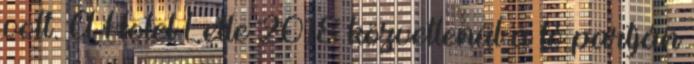
volt. A Hotel Lelle 2018 közvetlenül a tó partján